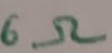
Text: 6Ω